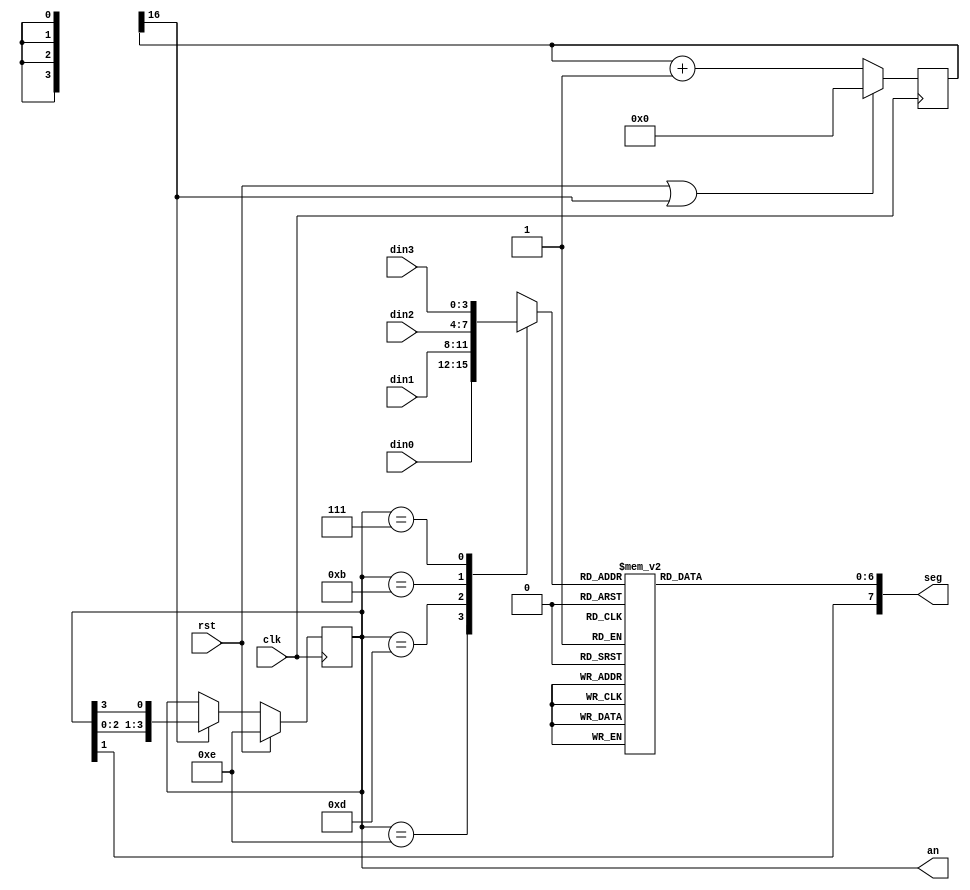
`timescale 1ns / 1ps

module bcd_to_7seg(
	input clk,
	input rst,
	input[3:0] din0,
	input[3:0] din1,
	input[3:0] din2,
	input[3:0] din3,
	output reg[3:0] an,
	output[7:0] seg
);

	/* 1.53 kHz-es engedelyezojel a digitek leptetesehez */
	reg[16:0] cntr;
	wire en=cntr[16];
	always@(posedge clk)
		cntr<=(rst|en)?0:(cntr+1);

	/* anodjel */
	always@(posedge clk)
		if(rst)
			an<=4'b1110;
		else if(en)
			an<={an[2:0],an[3]};

	/* multiplexer a digit kivalasztasahoz */
	reg[3:0] dmux;
	always@(*)
		case(an)
			4'b1110: dmux<=din0;
			4'b1101: dmux<=din1;
			4'b1011: dmux<=din2;
			4'b0111: dmux<=din3;
			default: dmux<=4'bxxxx;
	endcase

	/* szegmensdekoder */
	reg[6:0] seg_r;
	always@(*)
		case(dmux)
			4'h0:    seg_r<=7'b1000000;
			4'h1:    seg_r<=7'b1111001;
			4'h2:    seg_r<=7'b0100100;
			4'h3:    seg_r<=7'b0110000;
			4'h4:    seg_r<=7'b0011001;
			4'h5:    seg_r<=7'b0010010;
			4'h6:    seg_r<=7'b0000010;
			4'h7:    seg_r<=7'b1111000;
			4'h8:    seg_r<=7'b0000000;
			4'h9:    seg_r<=7'b0010000;
			4'hA:    seg_r<=7'b0111111; //- jel
			default: seg_r<=7'b1111111;
	endcase
	
	/* 3. kijelzo tizedespontja bekapcsolva */
	assign seg={an[1],seg_r};

endmodule